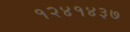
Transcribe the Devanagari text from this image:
१२४१४३७